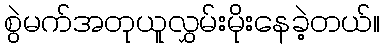
စွဲမက်အတုယူလွှမ်းမိုးနေခဲ့တယ်။